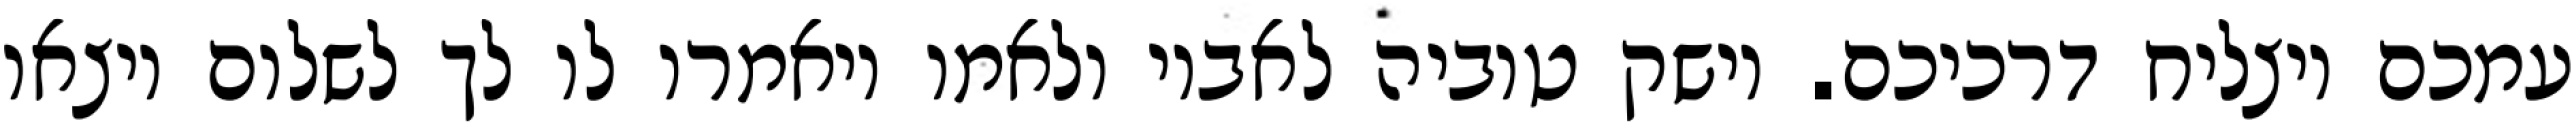
עמכם ויצליח דרכיכם. וישק טוביה לאביו ולאמו ויאמרו לו לך לשלום ויצאו